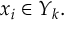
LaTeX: x _ { i } \in Y _ { k } .